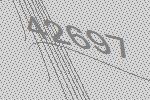
42697